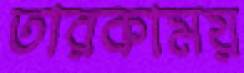
তারকাময়